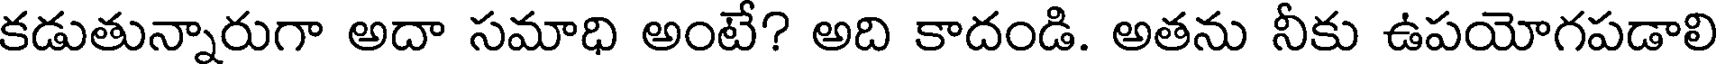
కడుతున్నారుగా అదా సమాధి అంటే? అది కాదండి. అతను నీకు ఉపయోగపడాలి